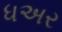
ધઅર